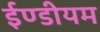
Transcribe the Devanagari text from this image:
ईण्डीयम